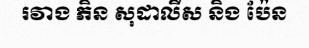
រវាង ភិន សុដាលីស និង ប៉ែន